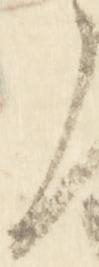
之